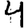
Digit: 4